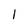
Character: 1